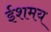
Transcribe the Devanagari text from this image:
ईशमय